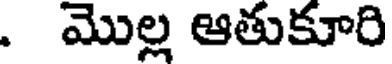
. మొల్ల ఆతుకూరి